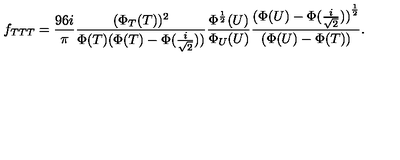
f _ { T T T } = \frac { 9 6 i } { \pi } \frac { ( \Phi _ { T } ( T ) ) ^ { 2 } } { \Phi ( T ) ( \Phi ( T ) - \Phi ( \frac { i } { \sqrt { 2 } } ) ) } \frac { \Phi ^ { \frac { 1 } { 2 } } ( U ) } { \Phi _ { U } ( U ) } \frac { { ( \Phi ( U ) - \Phi ( \frac { i } { \sqrt { 2 } } ) ) } ^ { \frac { 1 } { 2 } } } { ( \Phi ( U ) - \Phi ( T ) ) } .